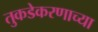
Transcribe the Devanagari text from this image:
तुकडेकरणाच्या